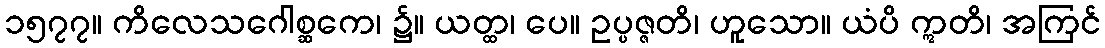
၁၅၇၇။ ကိလေသဂေါစ္ဆကေ၊ ၌။ ယတ္ထ၊ ပေ။ ဥပ္ပဇ္ဇတိ၊ ဟူသော။ ယံပိ ဣတိ၊ အကြင်